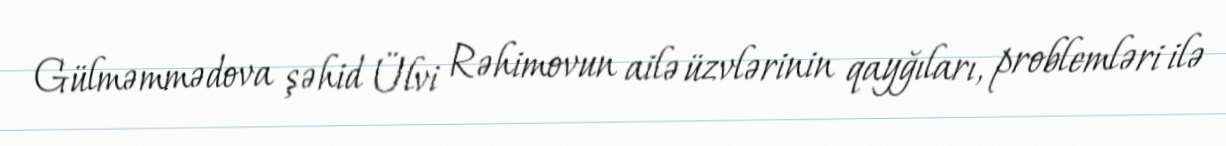
Gülməmmədova şəhid Ülvi Rəhimovun ailə üzvlərinin qayğıları, problemləri ilə